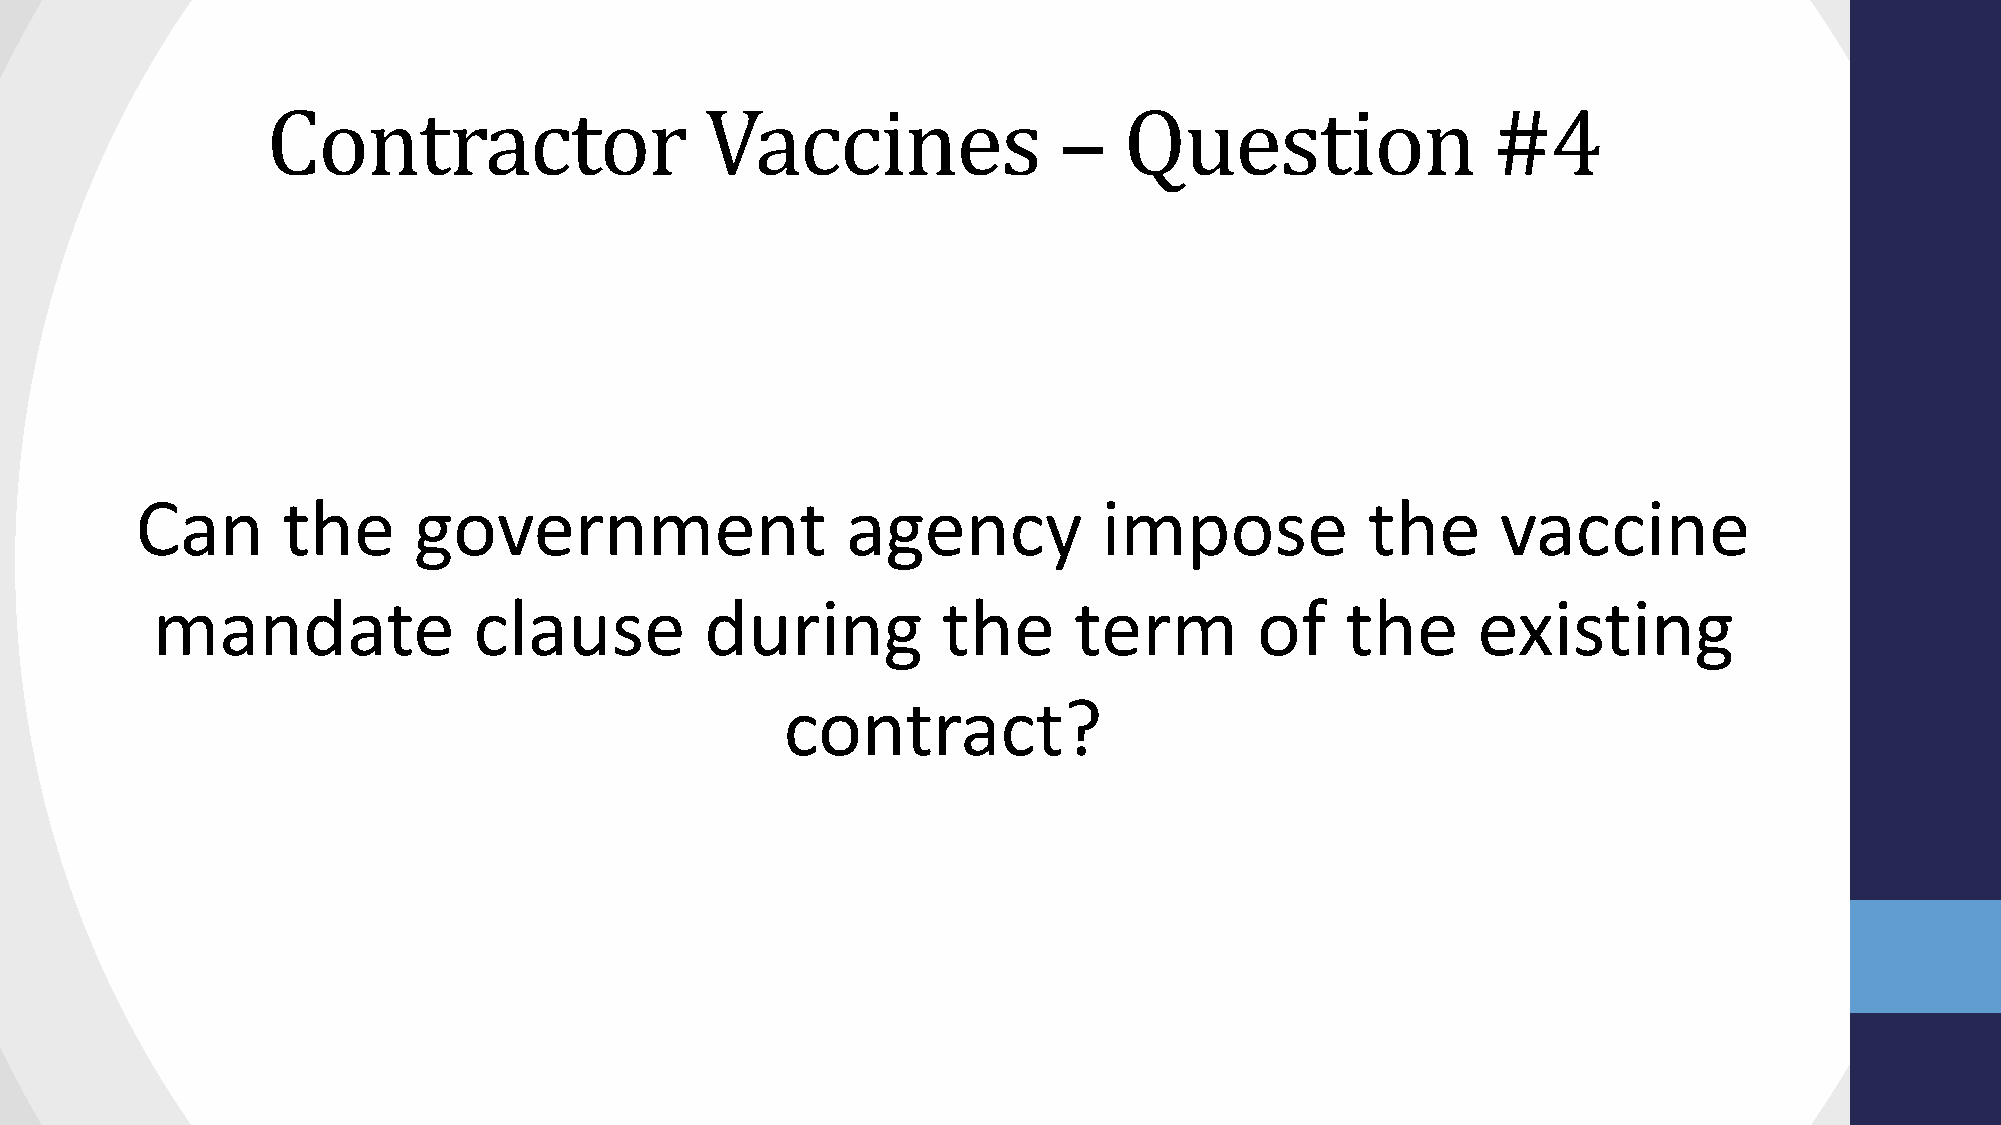
Contractor                   Vaccines               –   Question                 #4
 Can       the     government                   agency           impose            the     vaccine
 mandate              clause          during         the      term        of    the      existing
 contract?